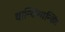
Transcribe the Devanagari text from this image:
थान्क्स्गिन्विंग